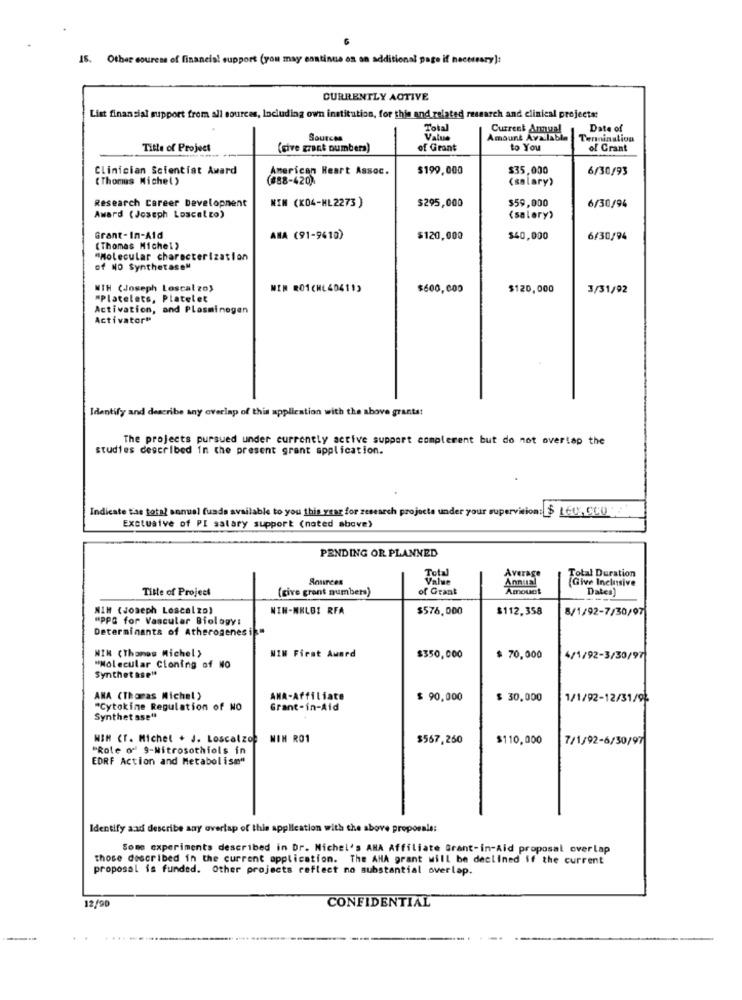
15. Other couress of financial support (you may continue on an additional page if necessary]:
CURRENTLY ACTIVE
List financial support from all sources, Including own institution, for this and related research and clinical projects:
Total
Current Annual
Date of
Sources
Value
Amount Avalable
Termination
Title of Project
(give grant numbers)
of Grant
to You
of Grant
Clinician Scientist Award
American Heart Assoc.
$199,000
$35,000
6/30/93
(Thomas Michel)
(888-420)
(salary)
Research Career Development
NIN (K04-HL2273 )
$295,000
$59,000
6/30/94
Award (Joseph Loscalzo)
(salary)
Grant-In-Aid
ANA (91-9410)
$120,000
$40,000
6/30/94
(Thomas Michel)
"Molecular characterization
of NO SynthetaseM
MTH (Joseph Loscalzo)
MIN RO1(ML40411)
$600,000
$120,000
3/31/92
"Platelets, Platelet
Activation, and PLosminegen
Activator"
Identify and describe any overlap of this application with the above grants!
The projects pursued under currently active support complerent but do not overlap the
studies described in the present grant application.
Indicate tas total annual funds available to you this year for research projects under your supervision: $ LEU, CLO
Exctuaive of PI salary support (noted above)
PENDING OR PLANNED
Total
Total Duration
Sources
Value
Annual
Average
Give Inclusive
Title of Project
(give grant numbers)
of Grant
Amount
Dates)
MIM (Joseph Loscalzo)
NIN-NHLBZ RFA
$576.000
$112.358
8/1/92-7/30/07
"PPG for Vascular Biology:
Determinants of Atherogenes ik
NIK (Thomas Michel)
WIN Firat Award
$350,000
$ 70,000
4/1/92-3/30/97
"Molecular Cioning of NO
Synthetase"
ANA (Thoras Michel )
ANA-Affiliate
$ 90,000
$ 30.000
1/1/92-12/31/9%
"Cytokine Regulation of NO
Grant-in-Aid
Synthet sse"
NIH CT. Michel . J. Loscalzo
NIN RO1
$567,260
$110,000
7/1/92-6/30/97
"Role of 9-Nitrosothiols in
EDRF Action and Metabol ism"
Identify aad describe any overlap of this application with the above proporale:
Some experiments described in Dr. Michel's ANA Affiliate Grant-in-Aid proposal overlap
those described in the current application. The AHA grant will be declined if the current
proposal is funded. Other projects reflect no substantial overlap.
12/90
CONFIDENTIAL